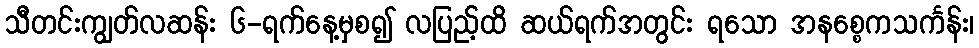
သီတင်းကျွတ်လဆန်း ၆-ရက်နေ့မှစ၍ လပြည့်ထိ ဆယ်ရက်အတွင်း ရသော အနစ္စေကသင်္ကန်း၊